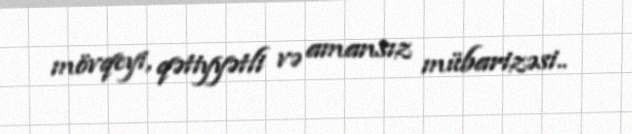
mövqeyi, qətiyyətli və amansız mübarizəsi..